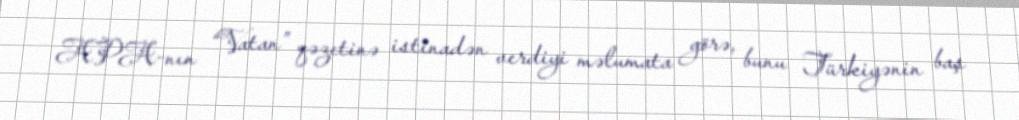
APA-nın “Vatan” qəzetinə istinadən verdiyi məlumata görə, bunu Türkiyənin baş